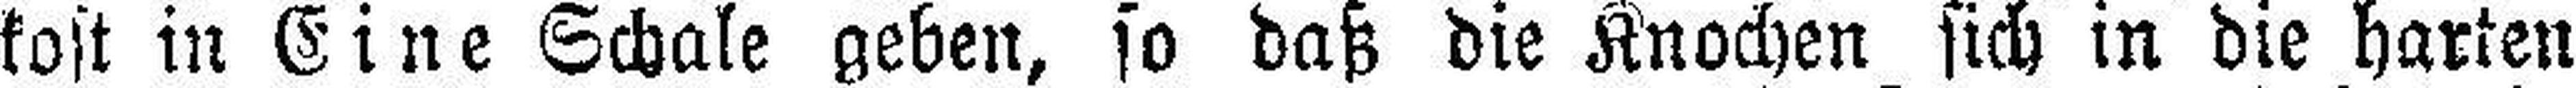
kost in Eine Schale geben, so daß die Knochen sich in die harten